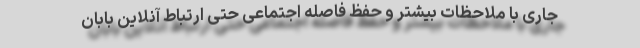
جاری با ملاحظات بیشتر و حفظ فاصله اجتماعی حتی ارتباط آنلاین بابان